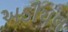
અડીયલ